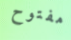
مفتوح